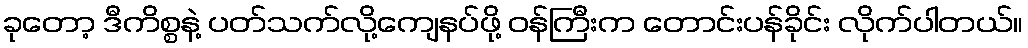
ခုတော့ ဒီကိစ္စနဲ့ ပတ်သက်လို့ကျေနပ်ဖို့ ဝန်ကြီးက တောင်းပန်ခိုင်း လိုက်ပါတယ်။